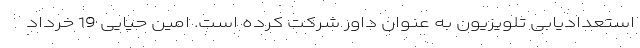
استعدادیابی تلویزیون به عنوان داور شرکت کرده است. امین حیایی 19 خرداد